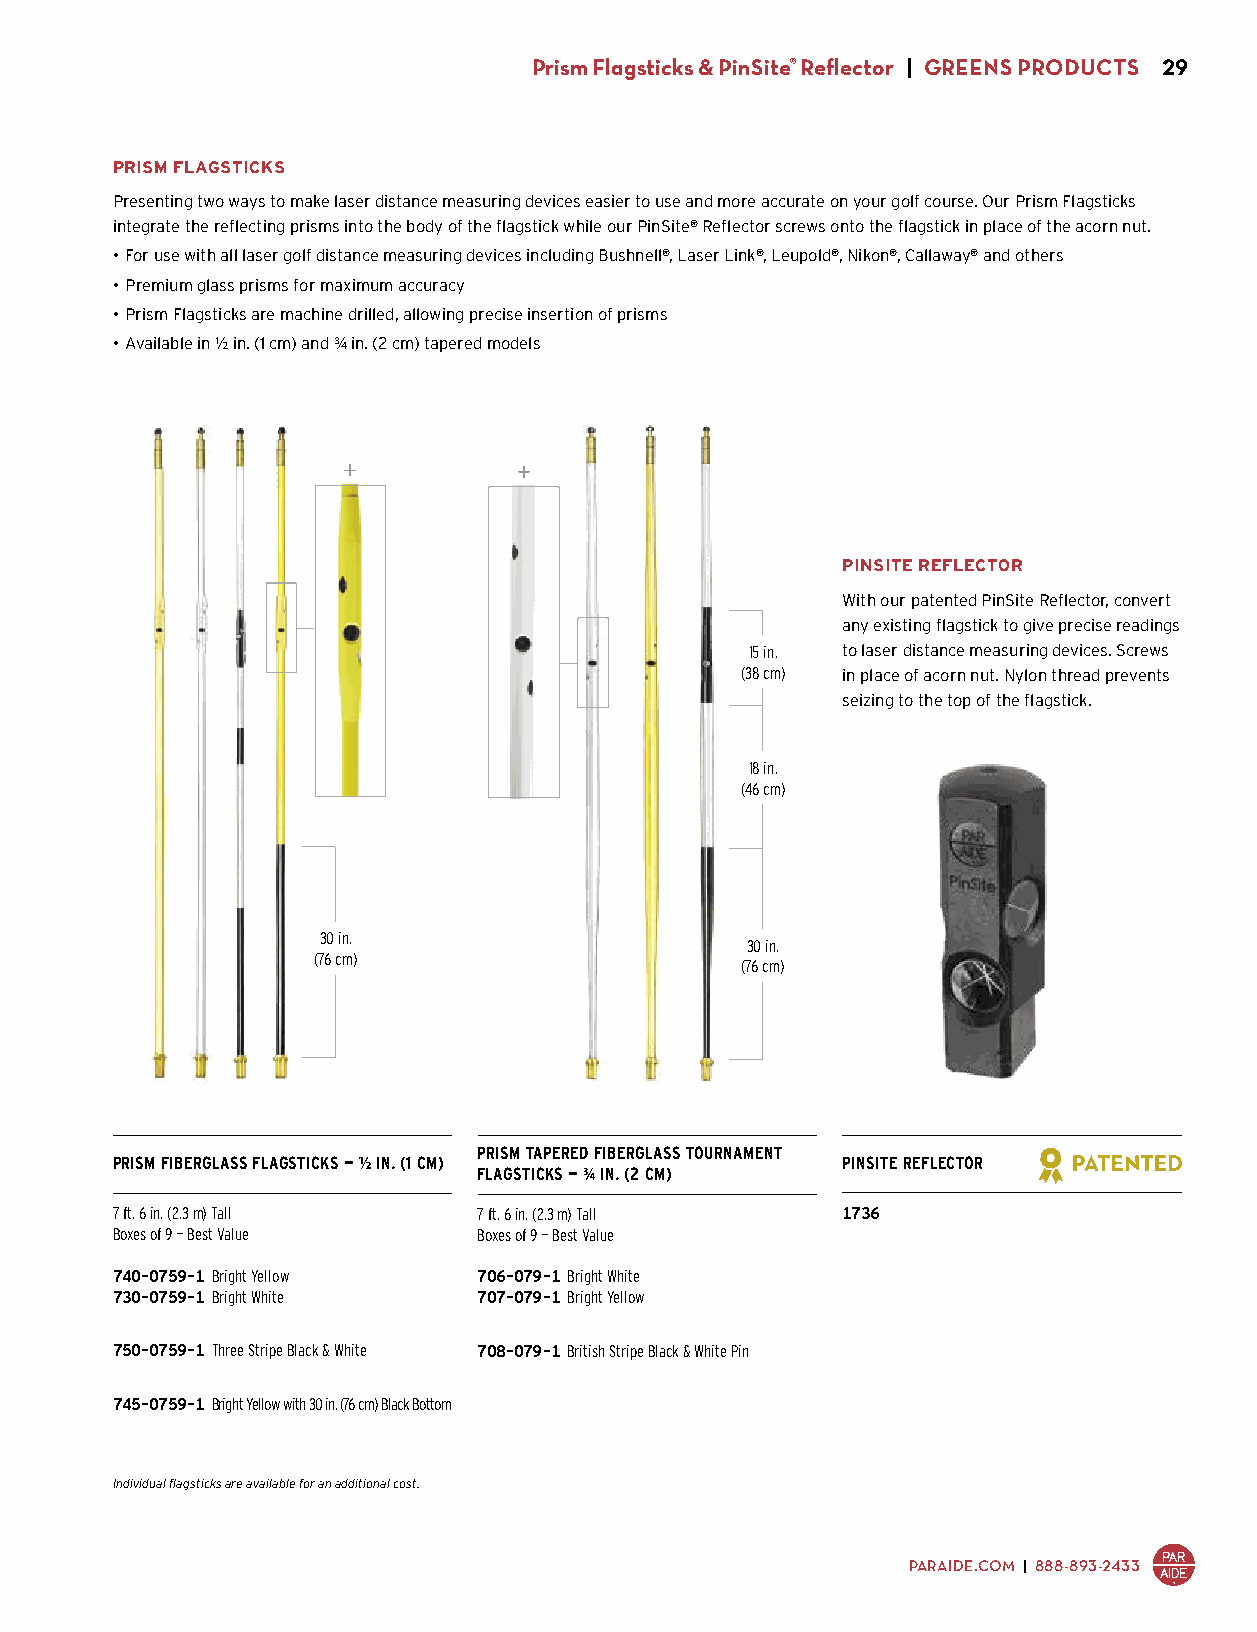
Prism Flagsticks & PinSite® Reflector | GREENS PRODUCTS 29
 PRISM FLAGSTICKS
 Presenting two ways to make laser distance measuring devices easier to use and more accurate on your golf course. Our Prism Flagsticks
 integrate the reflecting prisms into the body of the flagstick while our PinSite® Reflector screws onto the flagstick in place of the acorn nut.
 • For use with all laser golf distance measuring devices including Bushnell®, Laser Link®, Leupold®, Nikon®, Callaway® and others
 • Premium glass prisms for maximum accuracy
 • Prism Flagsticks are machine drilled, allowing precise insertion of prisms
 • Available in 1/2 in. (1 cm) and 3/4 in. (2 cm) tapered models
 PINSITE REFLECTOR
 With our patented PinSite Reflector, convert
 any existing flagstick to give precise readings
 15 in. to laser distance measuring devices. Screws
 (38 cm) in place of acorn nut. Nylon thread prevents
 seizing to the top of the flagstick.
 18 in.
 (46 cm)
 30 in.
 30 in.
 (76 cm)
 (76 cm)
 PRISM TAPERED FIBERGLASS TOURNAMENT
 PRISM FIBERGLASS FLAGSTICKS — 1/2 IN. (1 CM)     PINSITE REFLECTOR
 FLAGSTICKS — 3/4 IN. (2 CM)
 7 ft. 6 in. (2.3 m) Tall 7 ft. 6 in. (2.3 m) Tall 1736
 Boxes of 9 — Best Value  Boxes of 9 — Best Value $43.00
 740-0759-1 Bright Yellow 706-079-1 Bright White
 730-0759-1 Bright White  707-079-1 Bright Yellow
 $596.25 ($66.25 ea.)     $792.00 ($88.00 ea.)
 750-0759-1 Three Stripe Black & White 708-079-1 British Stripe Black & White Pin
 $630.00 ($70.00 ea.)     $819.00 ($91.00 ea.)
 745-0759-1 Bright Yellow with 30 in. (76 cm) Black Bottom
 $618.75 ($68.75 ea.)
 Individual flagsticks are available for an additional cost.
 PARAIDE.COM | 888-893-2433